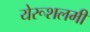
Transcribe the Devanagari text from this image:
येरूशलमी